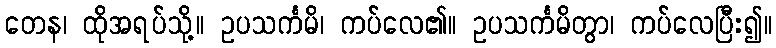
တေန၊ ထိုအရပ်သို့။ ဥပသင်္ကမိ၊ ကပ်လေ၏။ ဥပသင်္ကမိတွာ၊ ကပ်လေပြီး၍။